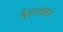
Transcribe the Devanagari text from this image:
वेस्टकार